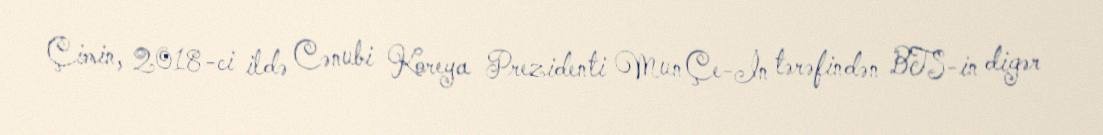
Çimin, 2018-ci ildə Cənubi Koreya Prezidenti Mun Çe-İn tərəfindən BTS-in digər